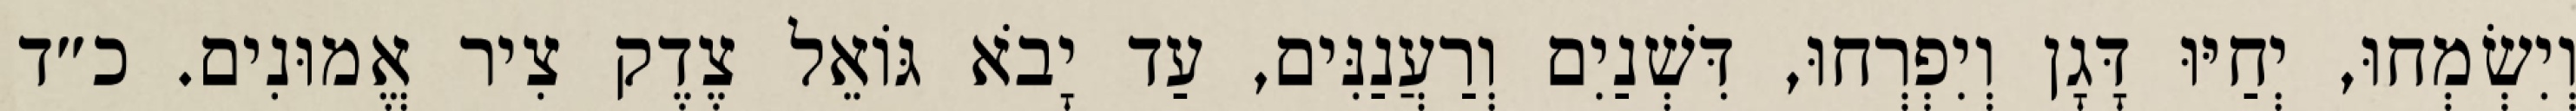
וְיִשְׂמְחוּ, יְחַיּוּ דָּגָן וְיִפְרְחוּ, דִּשְׁנַיִם וְרַעֲנַנִּים, עַד יָבֹא גּוֹאֵל צֶדֶק צִיר אֱמוּנִים. כ״ד